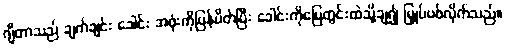
ဂျီတာသည် ချက်ချင်း ခေါင်း အဖုံးကိုပြန်ပိတ်ပြီး ခေါင်းကိုမြေတွင်းထဲသို့ချ၍ မြှုပ်ပစ်လိုက်သည်။